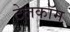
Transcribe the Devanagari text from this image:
टेलकॉम